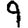
Digit: 9